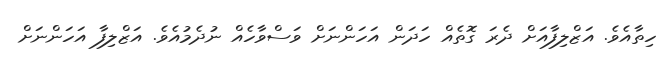
ހިތާއެވެ. އަޒްލިފާއަށް ދެރަ ގޮތެއް ހަދަން އަހަންނަށް ވަސްވާހެއް ނުދެމުއެވެ. އަޒްލިފާ އަހަންނަށް